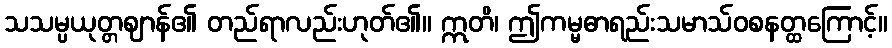
သသမ္ပယုတ္တဈာန်၏ တည်ရာလည်းဟုတ်၏။ ဣတိ၊ ဤကမ္မဓာရည်းသမာသ်ဝစနတ္ထကြောင့်။